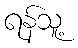
ရန်သူ့